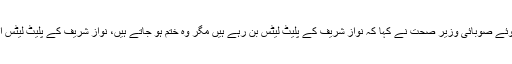
میڈیا سے گفتگو کرتے ہوئے صوبائی وزیر صحت نے کہا کہ نواز شریف کے پلیٹ لیٹس بن رہے ہیں مگر وہ ختم ہو جاتے ہیں، نواز شریف کے پلیٹ لیٹس اب 22 ہزار ہوچکے ہیں۔